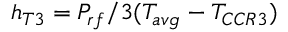
h _ { T 3 } = P _ { r f } / 3 ( T _ { a v g } - T _ { C C R 3 } )